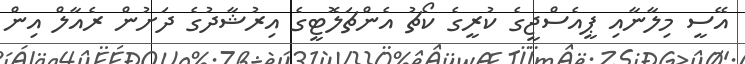
އޭސީ މިލާނާއި ޕީއެސްޖީގެ ކުރީގެ ކޯޗު އެންޗަލޮޓީގެ އިރުޝާދުގެ ދަށުން ރެއާލް އިން